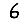
Digit: 6